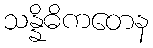
သန္နိဓိကတေန